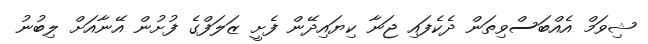
ޝިވަމް އެއްބަސްވިތަން ދެކެފައި ޖަނާ ކިޔައިދޭން ފެށީ ޒަލަފްގެ ފުށުން އޭނާއަށް ލިބުނު